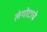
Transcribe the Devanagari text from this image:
लंगोटाचे